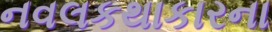
નવલકથાકારના